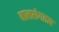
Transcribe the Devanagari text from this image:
बालरोगतज्ञ